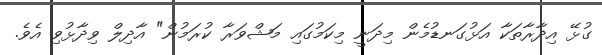
ގުޅޭ އިދާރާތަކާ އަޅުގަނޑުމެން މިދަނީ މިކަމުގައި މަޝްވަރާ ކުރަމުން" އާދިލް ވިދާޅުވި އެވެ.